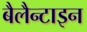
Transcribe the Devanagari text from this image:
बैलैन्टाइन